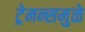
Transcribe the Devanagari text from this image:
ट्रेमन्समुळे